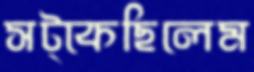
সট্‌কেছিলেম